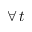
\forall \, t \,